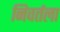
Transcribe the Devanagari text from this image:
निवर्तला